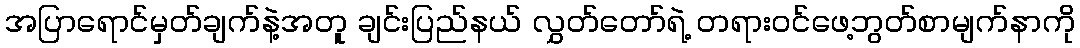
အပြာရောင်မှတ်ချက်နဲ့အတူ ချင်းပြည်နယ် လွှတ်တော်ရဲ့ တရားဝင်ဖေ့ဘွတ်စာမျက်နာကို